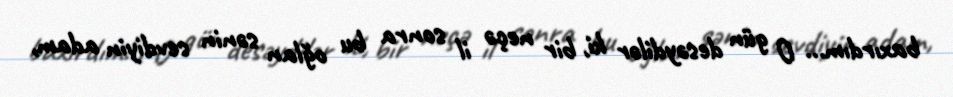
baxırdım... O gün desəydilər ki, bir neçə il sonra bu oğlan sənin sevdiyin adam,